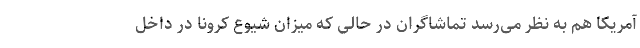
آمریکا هم به نظر می‌رسد تماشاگران در حالی که میزان شیوع کرونا در داخل